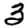
Digit: 3